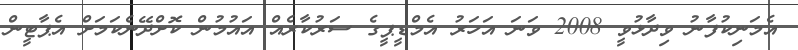
އެމަނިކުފާނު ވިދާޅުވީ 2008 ވަނަ އަހަރު އެމްޑީޕީގެ ސަރުކާރެއް އައުމުން ކޮށްދޭނެކަމަށް އެޕާޓީން